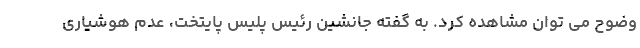
وضوح می توان مشاهده کرد. به گفته جانشین رئیس پلیس پایتخت، عدم هوشیاری